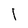
Character: 1